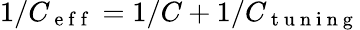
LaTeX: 1/C_{\mathrm{~e~f~f~}}=1/C+1/C_{\mathrm{~t~u~n~i~n~g~}}